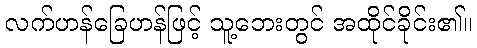
လက်ဟန်ခြေဟန်ဖြင့် သူ့ဘေးတွင် အထိုင်ခိုင်း၏။